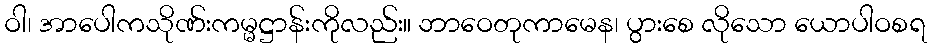
ဝါ၊ အာပေါကသိုဏ်းကမ္မဋ္ဌာန်းကိုလည်း။ ဘာဝေတုကာမေန၊ ပွားစေ လိုသော ယောပါဝစရ